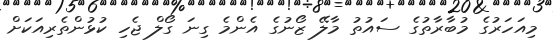
މިއަހަރުގެ މުބާރާތުގެ ސައުތު މާލޭ ޒޯނުގެ އެންމެ ގިނަ ގޯލް ޖެހި ކުޅުންތެރިއަކަށް